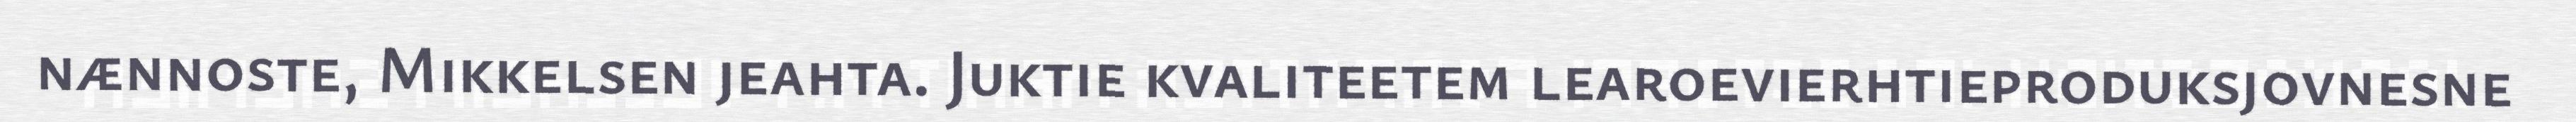
nænnoste, Mikkelsen jeahta. Juktie kvaliteetem learoevierhtieproduksjovnesne